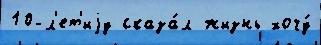
10-л'ет'иjу сказа́л жизнь хочу́